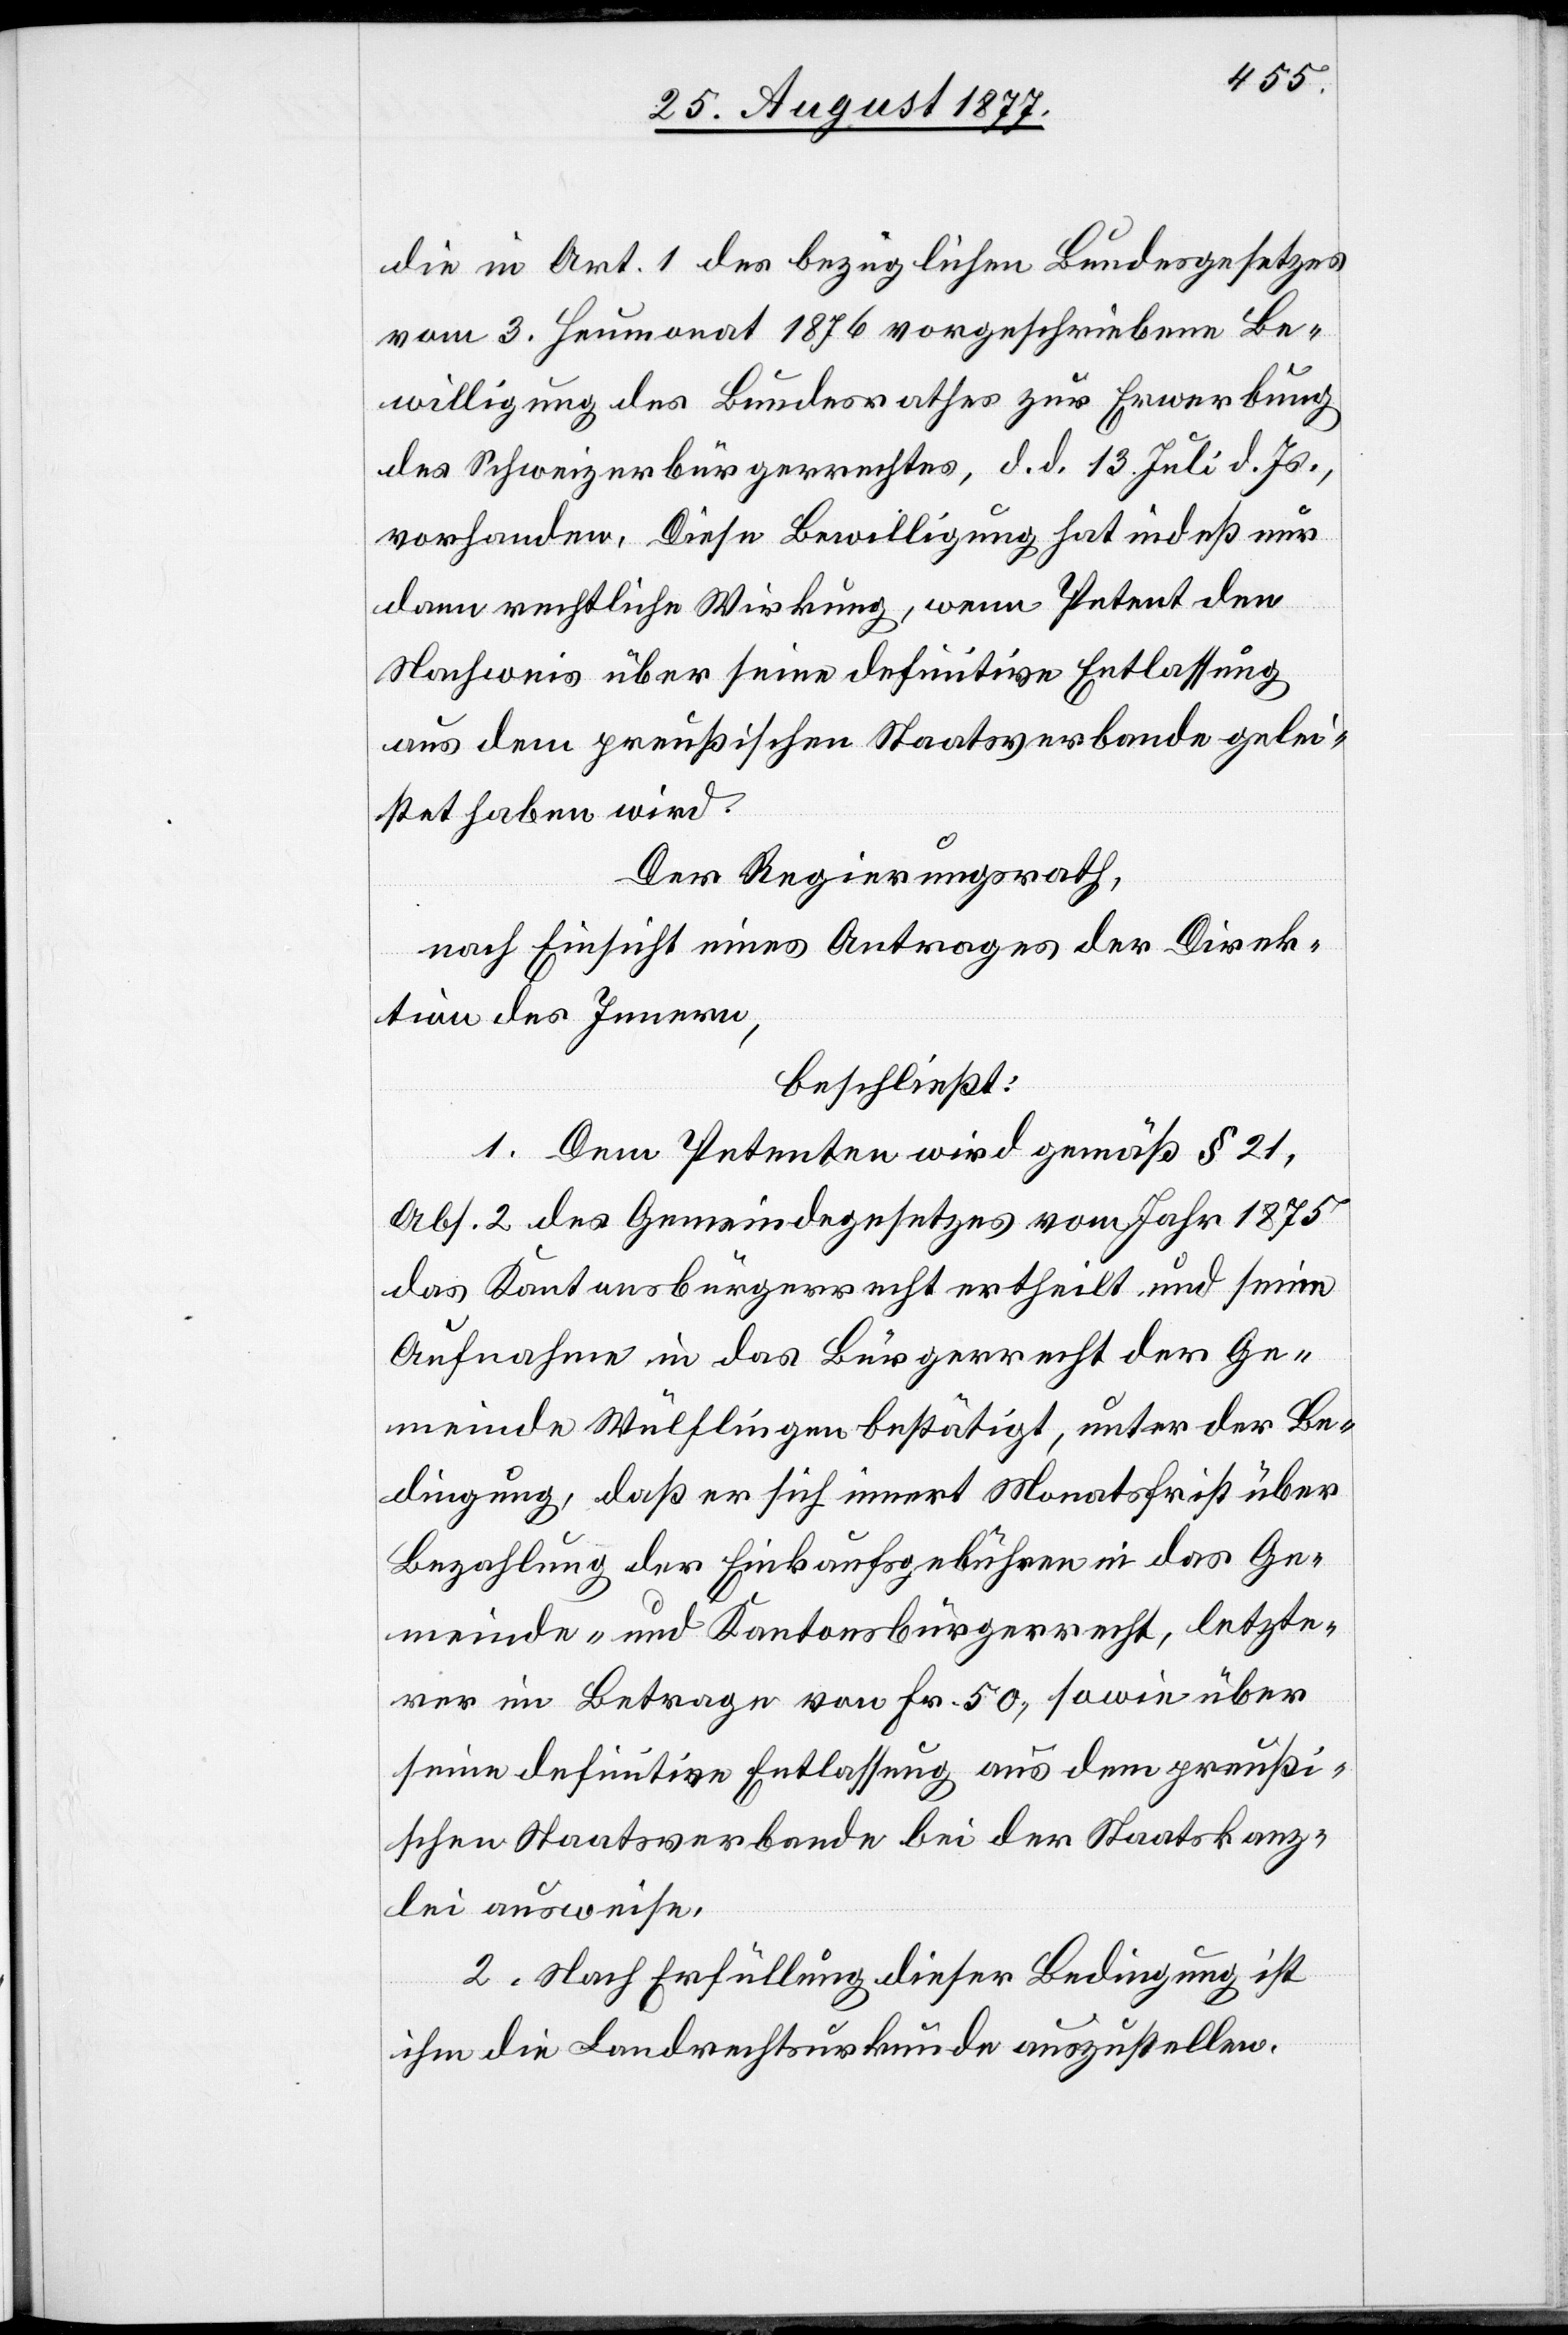
die in Art. 1 des bezüglichen Bundesgesetzes
vom 3. Heumonat 1876 vorgeschriebene Be¬
willigung des Bundesrathes zur Erwerbung
des Schweizerbürgerrechtes, d. d. 13. Juli d. Js.,
vorhanden. Diese Bewilligung hat indeß nur
dann rechtliche Wirkung, wenn Petent den
Nachweis über seine definitive Entlassung
aus dem preußischen Staatsverbande gelei¬
stet haben wird.
Der Regierungsrath,
nach Einsicht eines Antrages der Direk¬
tion des Innern,
beschließt:
1. Dem Petenten wird gemäß § 21,
Abs. 2 des Gemeindegesetzes vom Jahr 1875
das Kantonsbürgerrecht ertheilt und seine
Aufnahme in das Bürgerrecht der Ge¬
meinde Wülflingen bestätigt, unter der Be¬
dingung, daß er sich innert Monatsfrist über
Bezahlung der Einkaufsgebühren in das Ge¬
meinde- und Kantonsbürgerrecht, letzte¬
rer im Betrage von Fr. 50, sowie über
seine definitive Entlassung aus dem preußi¬
schen Staatsverbande bei der Staatskanz¬
lei ausweise.
2. Nach Erfüllung dieser Bedingung ist
ihm die Landrechtsurkunde auszustellen.